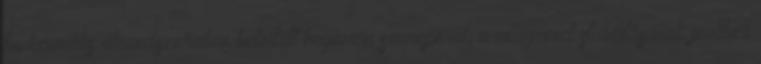
funkcionális alrendszereiben betöltött hegemón szerepéről, a világrend stabilitásának jövőbeli